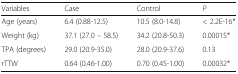
| Variables | Case | Control | P |
 | --- | --- | --- | --- |
 | Age (years) | 6.4 (0.88-12.5) | 10.5 (8.0-14.8) | < 2.2E-16* |
 | Weight (kg) | 37.1 (27.0 – 58.5) | 34.2 (20.8-50.3) | 0.00015* |
 | TPA (degrees) | 29.0 (20.9-35.0) | 28.0 (20.9-37.6) | 0.13 |
 | rTTW | 0.64 (0.46-1.00) | 0.70 (0.45-1.00) | 0.00032* |